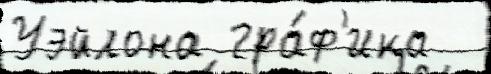
Уэйлона гра́ф'ика